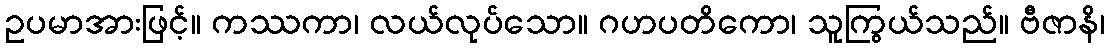
ဥပမာအားဖြင့်။ ကဿကာ၊ လယ်လုပ်သော။ ဂဟပတိကော၊ သူကြွယ်သည်။ ဗီဇာနိ၊